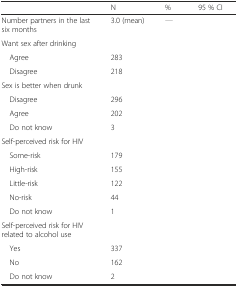
<table><thead><tr><td>[EMPTY_CELL]</td><td><b>N</b></td><td><b>%</b></td><td><b>95 % CI</b></td></tr></thead><tbody><tr><td>Number partners in the last six months</td><td>3.0 (mean)</td><td>[EMPTY_CELL]</td><td>[EMPTY_CELL]</td></tr><tr><td>Want sex after drinking</td><td>[EMPTY_CELL]</td><td>[EMPTY_CELL]</td><td>[EMPTY_CELL]</td></tr><tr><td> Agree</td><td>283</td><td>[EMPTY_CELL]</td><td>[EMPTY_CELL]</td></tr><tr><td> Disagree</td><td>218</td><td>[EMPTY_CELL]</td><td>[EMPTY_CELL]</td></tr><tr><td>Sex is better when drunk</td><td>[EMPTY_CELL]</td><td>[EMPTY_CELL]</td><td>[EMPTY_CELL]</td></tr><tr><td> Disagree</td><td>296</td><td>[EMPTY_CELL]</td><td>[EMPTY_CELL]</td></tr><tr><td> Agree</td><td>202</td><td>[EMPTY_CELL]</td><td>[EMPTY_CELL]</td></tr><tr><td> Do not know</td><td>3</td><td>[EMPTY_CELL]</td><td>[EMPTY_CELL]</td></tr><tr><td>Self-perceived risk for HIV</td><td>[EMPTY_CELL]</td><td>[EMPTY_CELL]</td><td>[EMPTY_CELL]</td></tr><tr><td> Some-risk</td><td>179</td><td>[EMPTY_CELL]</td><td>[EMPTY_CELL]</td></tr><tr><td> High-risk</td><td>155</td><td>[EMPTY_CELL]</td><td>[EMPTY_CELL]</td></tr><tr><td> Little-risk</td><td>122</td><td>[EMPTY_CELL]</td><td>[EMPTY_CELL]</td></tr><tr><td> No-risk</td><td>44</td><td>[EMPTY_CELL]</td><td>[EMPTY_CELL]</td></tr><tr><td> Do not know</td><td>1</td><td>[EMPTY_CELL]</td><td>[EMPTY_CELL]</td></tr><tr><td>Self-perceived risk for HIV related to alcohol use</td><td>[EMPTY_CELL]</td><td>[EMPTY_CELL]</td><td>[EMPTY_CELL]</td></tr><tr><td> Yes</td><td>337</td><td>[EMPTY_CELL]</td><td>[EMPTY_CELL]</td></tr><tr><td> No</td><td>162</td><td>[EMPTY_CELL]</td><td>[EMPTY_CELL]</td></tr><tr><td> Do not know</td><td>2</td><td>[EMPTY_CELL]</td><td>[EMPTY_CELL]</td></tr></tbody></table>